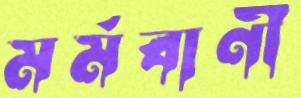
মর্মবাণী